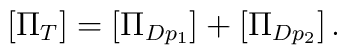
[\Pi_{T}]=[\Pi_{Dp_1}]+[\Pi_{Dp_2}]\,.